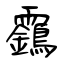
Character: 靎